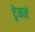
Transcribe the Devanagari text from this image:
ट्वेनने